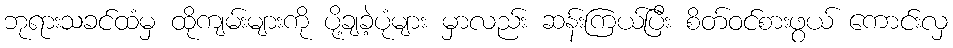
ဘုရားသခင်ထံမှ ထိုကျမ်းများကို ပို့ချခဲ့ပုံများ မှာလည်း ဆန်းကြယ်ပြီး စိတ်ဝင်စားဖွယ် ကောင်းလှ